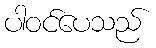
ပါဝင်ပေသည်